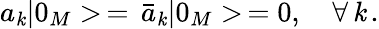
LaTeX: a_{\mathit{k}}|0_{M}>\, =\, \bar{{a}}_{\mathit{k}}|0_{M}>\, =0,\quad\forall\, \mathit{k}\, {.}